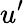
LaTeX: u^{\prime}